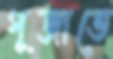
পূজাতে